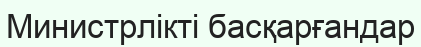
Министрлікті басқарғандар